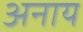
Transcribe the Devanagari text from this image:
अनाय